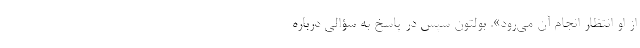
از او انتظار انجام آن می‌رود». بولتون سپس در پاسخ به سؤالی درباره